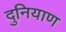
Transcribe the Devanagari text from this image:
दुनियाण